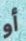
أو